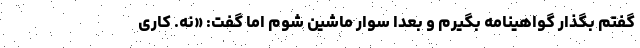
گفتم بگذار گواهینامه بگیرم و بعدا سوار ماشین شوم اما گفت: «نه. کاری